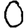
Digit: 0